Indian journal of veterinary science and animal husbandry - Volumes 22-23, 1952-1953
Year: 1952
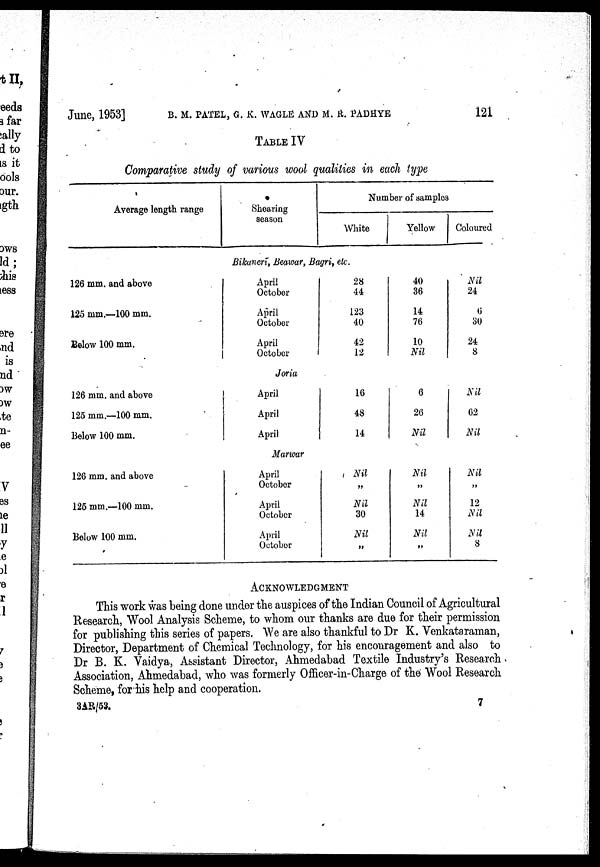
June, 1953]
B.
M. PATEL, G. K. WAGLE AND M. R PADHYE 121
TABLE IV
Comparative study of various wool qualities in each type
Average length range
Shearing
season
Number of samples
White
Yellow
Coloured
Bikaneri, Beawar, Bagri, etc.
126 mm. and above
125 mm.—100 mm.
Below 100 mm.
April
October
April
October
April
October
28
44
123
40
42
12
40
36
14
76
10
Nil
Nil
24
6
30
24
8
Joria
126 mm. and above
125 mm.—100 mm.
Below 100 mm.
April
April
April
16
48
14
6
26
Nil
Nil
62
Nil
Marwar
126 mm. and above
125 mm.—100 mm.
Below 100 mm.
April
October
April
October
April
Octobor
Nil
„
Nil
30
Nil
„
Nil
„
Nil
14
Nil
„
Nil
„
12
Nil
Nil
8
ACKNOWLEDGMENT
This work was being done under the auspices of the Indian Council of Agricultural
Research, Wool Analysis Scheme, to whom our thanks are due for their permission
for publishing this series of papers. We are also thankful to Dr K. Venkataraman,
Director, Department of Chemical Technology, for his encouragement and also to
Dr B. K. Vaidya, Assistant Director, Ahmedabad Textile Industry's Research
Association, Ahmedabad, who was formerly Officer-in-Charge of the Wool Research
Scheme, for his help and cooperation.
3AR/53. 7